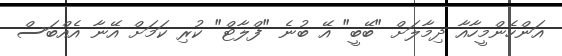
އަންހެންމީހާއާ ދިމާލަށް "ބޭބީ" އޭ ބުނެ "ފްލާޓް" ކުރި ކަމަށް އޭނާ އެއްބަސް